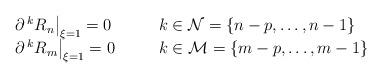
LaTeX: \begin{align*}\begin{array}{lll}\left.\partial\,^kR_n\right|_{\xi=1}=0 &\quad&k\in\mathcal{N}=\{n-p, \dots, n-1\} \\\left.\partial\,^kR_m\right|_{\xi=1}=0 &&k\in\mathcal{M}=\{m-p, \dots, m-1\}\end{array}\end{align*}